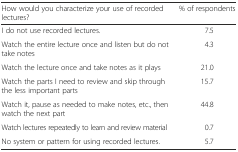
| How would you characterize your use of recorded lectures? | % of respondents |
 | --- | --- |
 | I do not use recorded lectures. | 7.5 |
 | Watch the entire lecture once and listen but do not take notes | 4.3 |
 | Watch the lecture once and take notes as it plays | 21.0 |
 | Watch the parts I need to review and skip through the less important parts | 15.7 |
 | Watch it, pause as needed to make notes, etc., then watch the next part | 44.8 |
 | Watch lectures repeatedly to learn and review material | 0.7 |
 | No system or pattern for using recorded lectures. | 5.7 |